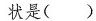
状是( )。